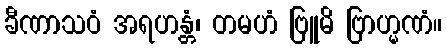
ခီဏာသဝံ အရဟန္တံ၊ တမဟံ ဗြူမိ ဗြာဟ္မဏံ။